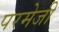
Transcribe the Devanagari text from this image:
परमेजी